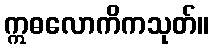
ဣဓလောကိကသုတ်။